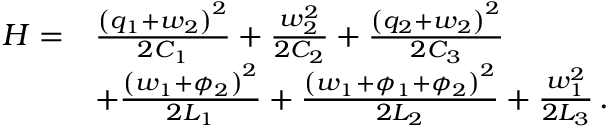
\begin{array} { r l } { H = } & { \frac { { \left( q _ { 1 } + w _ { 2 } \right) } ^ { 2 } } { 2 C _ { 1 } } + \frac { w _ { 2 } ^ { 2 } } { 2 C _ { 2 } } + \frac { { \left( q _ { 2 } + w _ { 2 } \right) } ^ { 2 } } { 2 C _ { 3 } } } \\ & { + \frac { { \left( w _ { 1 } + \phi _ { 2 } \right) } ^ { 2 } } { 2 L _ { 1 } } + \frac { { \left( w _ { 1 } + \phi _ { 1 } + \phi _ { 2 } \right) } ^ { 2 } } { 2 L _ { 2 } } + \frac { w _ { 1 } ^ { 2 } } { 2 L _ { 3 } } \, . } \end{array}